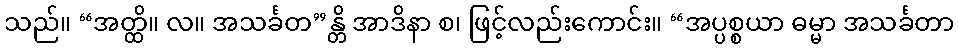
သည်။ “အတ္ထိ။ လ။ အသင်္ခတ”န္တိ အာဒိနာ စ၊ ဖြင့်လည်းကောင်း။ “အပ္ပစ္စယာ ဓမ္မာ အသင်္ခတာ